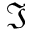
\Im